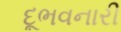
દૂભવનારી